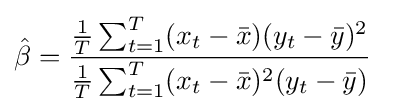
{\hat {\beta }}={\frac {{\tfrac {1}{T}}\sum _{t=1}^{T}(x_{t}-{\bar {x}})(y_{t}-{\bar {y}})^{2}}{{\tfrac {1}{T}}\sum _{t=1}^{T}(x_{t}-{\bar {x}})^{2}(y_{t}-{\bar {y}})}}\